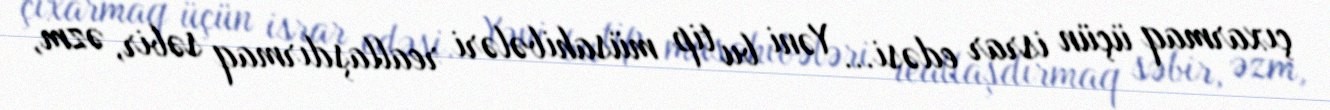
çıxarmaq üçün israr edəsi... Yəni bu tip müsahibələri reallaşdırmaq səbir, əzm,